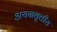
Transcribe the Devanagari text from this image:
अयनवृत्तीय